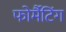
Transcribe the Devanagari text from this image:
फोर्मैटिंग